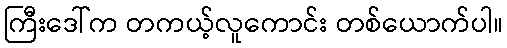
ကြီးဒေါ်က တကယ့်လူကောင်း တစ်ယောက်ပါ။